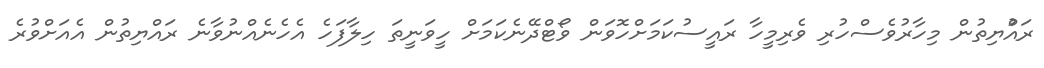
ރައްުޔިތުން މިހާރުވެސްހުރި ވެރިމީހާ ރައީސުކަމަށްހޮވަން ވޯޓްދޭނެކަމަށް ހީވަނީތަ ހިލާފަހެ އެހެނެއްނުވާނެ ރައްޔިތުން އެއަށްވުރެ